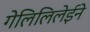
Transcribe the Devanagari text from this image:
गेलिलिलेईने